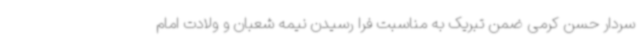
سردار حسن کرمی ضمن تبریک به مناسبت فرا رسیدن نیمه شعبان و ولادت امام